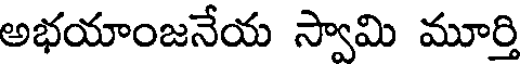
అభయాంజనేయ స్వామి మూర్తి